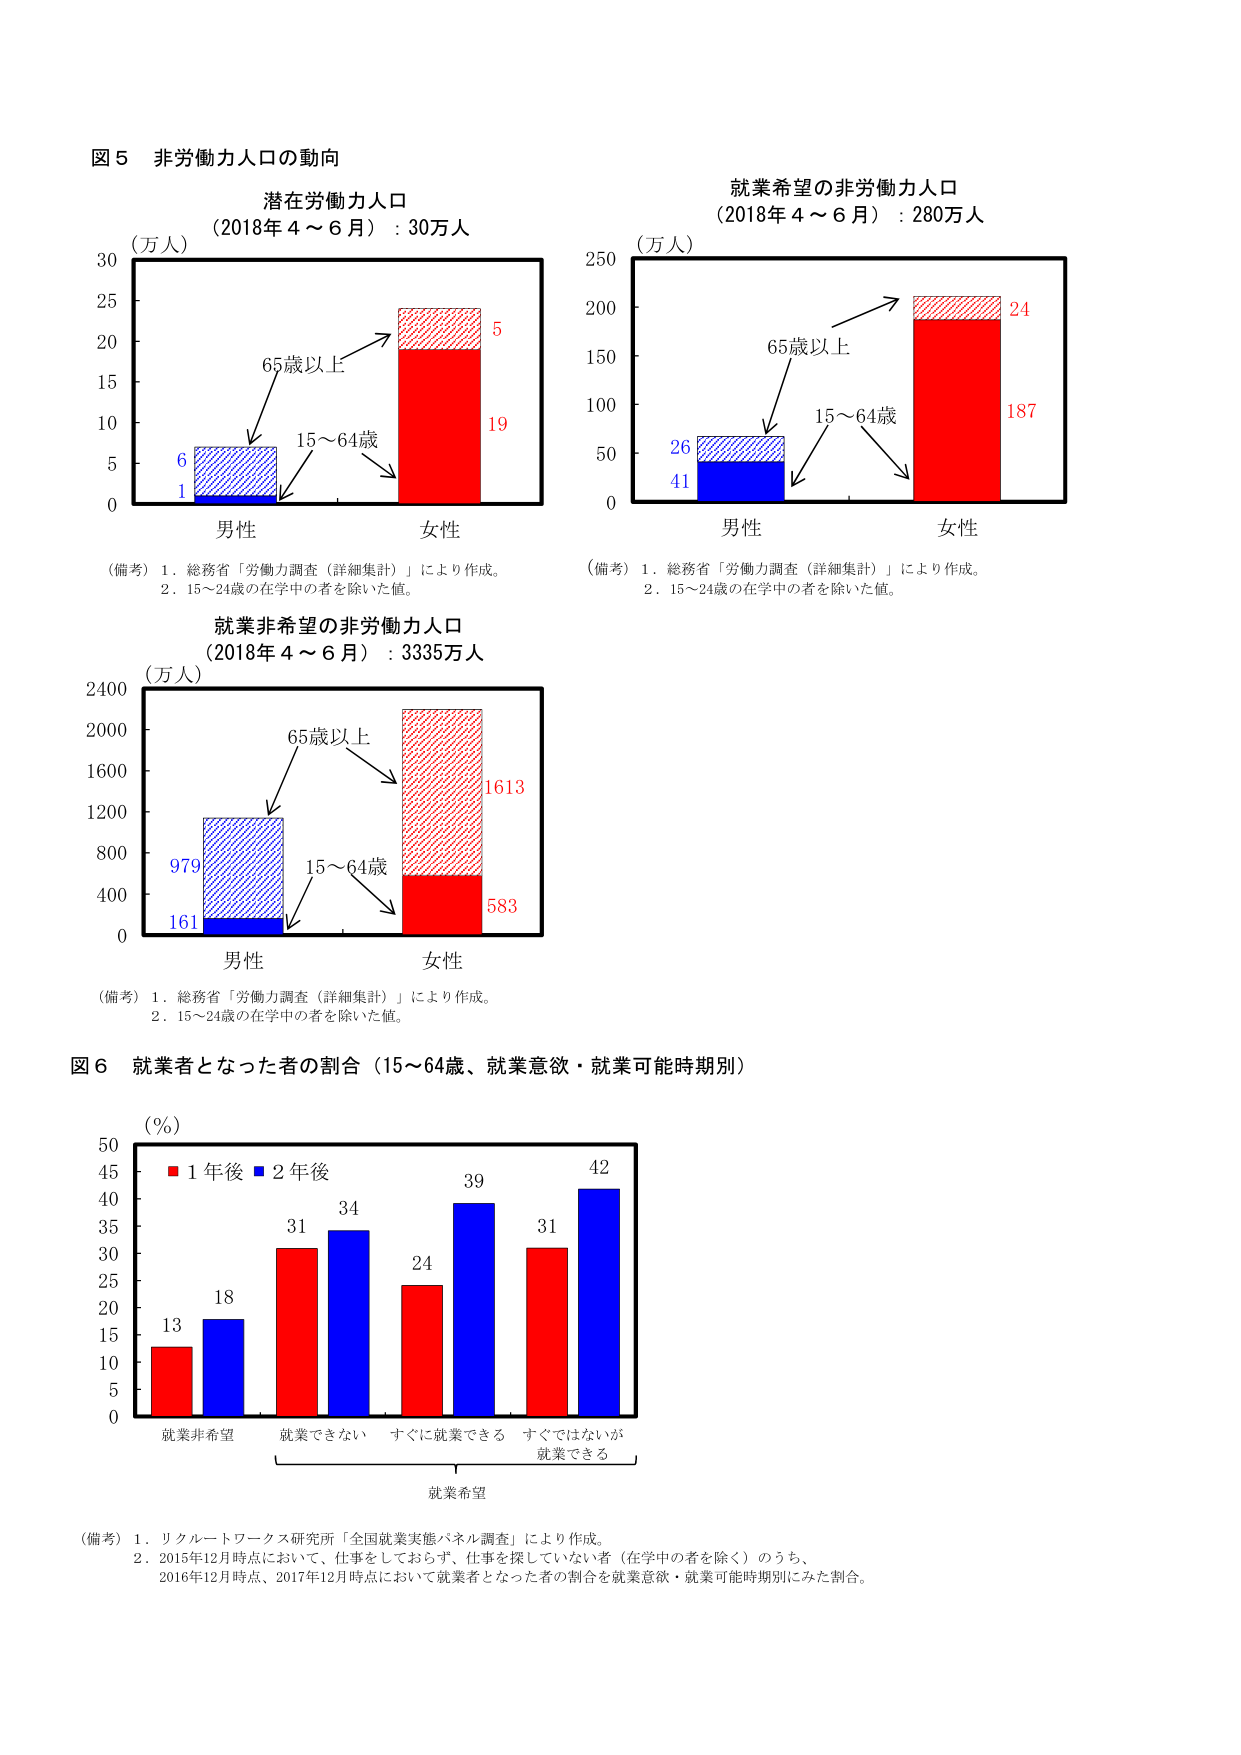
図５ 非労働力人口の動向

潜在労働力人口
（2018年４～６月）：30万人
（万人）
30
25
20
15
10
5
0
65歳以上
15～64歳
6
1
5
19
男性
女性

（備考）１．総務省「労働力調査（詳細集計）」により作成。
　　　２．15～24歳の在学中の者を除いた値。

就業希望の非労働力人口
（2018年４～６月）：280万人
（万人）
250
200
150
100
50
0
65歳以上
15～64歳
26
41
24
187
男性
女性

（備考）１．総務省「労働力調査（詳細集計）」により作成。
　　　２．15～24歳の在学中の者を除いた値。

就業非希望の非労働力人口
（2018年４～６月）：3335万人
（万人）
2400
2000
1600
1200
800
400
0
65歳以上
15～64歳
979
161
1613
583
男性
女性

（備考）１．総務省「労働力調査（詳細集計）」により作成。
　　　２．15～24歳の在学中の者を除いた値。

図６ 就業者となった者の割合（15～64歳、就業意欲・就業可能時期別）
（％）
■ 1年後 ■ 2年後
50
45
40
35
30
25
20
15
10
5
0
13
18
31
34
24
39
31
42
就業非希望
就業できない
すぐに就業できる
すぐではないが
就業できる
就業希望

（備考）１．リクルートワークス研究所「全国就業実態パネル調査」により作成。
　　　２．2015年12月時点において、仕事をしておらず、仕事を探していない者（在学中の者を除く）のうち、
　　　　2016年12月時点、2017年12月時点において就業者となった者の割合を就業意欲・就業可能時期別にみた割合。